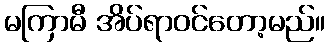
မကြာမီ အိပ်ရာဝင်တော့မည်။